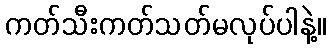
ကတ်သီးကတ်သတ်မလုပ်ပါနဲ့။